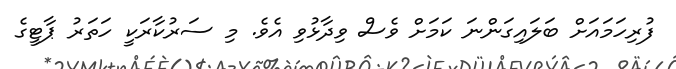
ފުރިހަމައަށް ބަލައިގަންނަ ކަމަށް ވެސް ވިދާޅުވި އެވެ. މި ސަރުކާރަކީ ހަތަރު ޕާޓީގެ